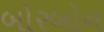
બોરબોન